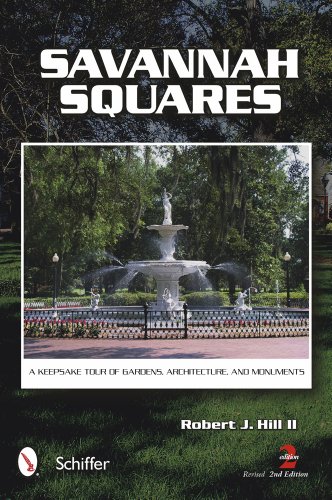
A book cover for Savannah Squares: A Keepsake Tour of Gardens, Architecture, and Monuments, Revised 2nd Edition; Robert J. Hill II; Travel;